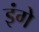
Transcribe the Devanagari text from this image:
इंगे